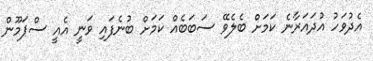
އެދުވަހު އުދައަރާނެ ކަމަށް ބެލެވޭ ސަބަބެއް ކަމަށް ބުނެފައި ވަނީ އެއީ ސްޕަމޫން